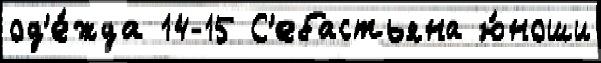
од'е́жда 14-15 С'ебастьяна ю́ноши